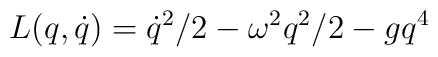
L(q,\dot{q})=\dot{q}^{2}/2-\omega ^{2}q^{2}/2-gq^{4}